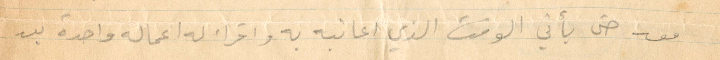
معه حتى يأتي الوقت الذي اعاتبه به واقرأ له اعماله واحدة بعد